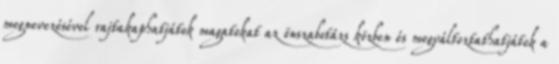
megnevezésével rajtakaphatjátok magatokat az önszabotázs közben és megváltoztathatjátok a